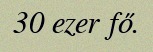
30 ezer fő.